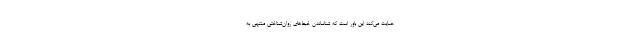
حمایت می‌کند این باور است که شناساندن خبط‌های روان‌شناختیِ منتهی به